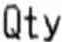
QTY